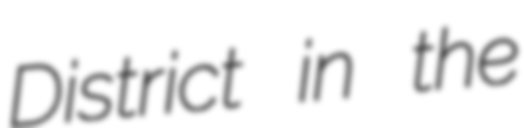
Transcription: District in the